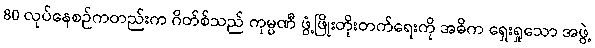
80 လုပ်နေစဉ်ကတည်းက ဂိတ်စ်သည် ကုမ္ပဏီ ဖွံ့ဖြိုးတိုးတက်ရေးကို အဓိက ရှေးရှုသော အဖွဲ့